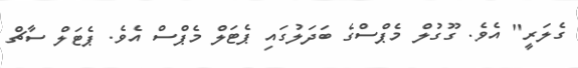
ގެލަރީ" އެވެ. ގޫގުލް މެޕްސްގެ ބަދަލުގައި ޕެޓަލް މެޕްސް އެވެ. ޕެޓަލް ސާޗް